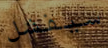
سيفشل